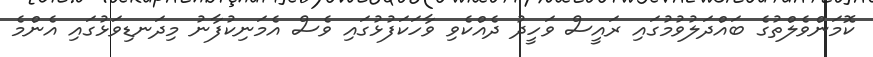
ކޮމަންވެލްތުގެ ބައްދަލުވުމުގައި ރައީސް ވަހީދު ދެއްކެވި ވާހަކަފުޅުގައި ވެސް އެމަނިކުފާނު މިދަނޑިވަޅުގައި އެންމެ